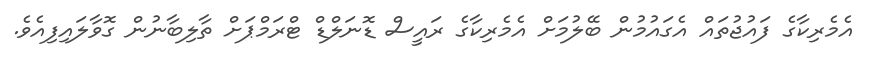
އެމެރިކާގެ ފައުޖުތައް އެގައުމުން ބޭލުމަށް އެމެރިކާގެ ރައީސް ޑޮނަލްޑް ޓްރަމްޕަށް ތާލިބާނުން ގޮވާލައިފިއެވެ.